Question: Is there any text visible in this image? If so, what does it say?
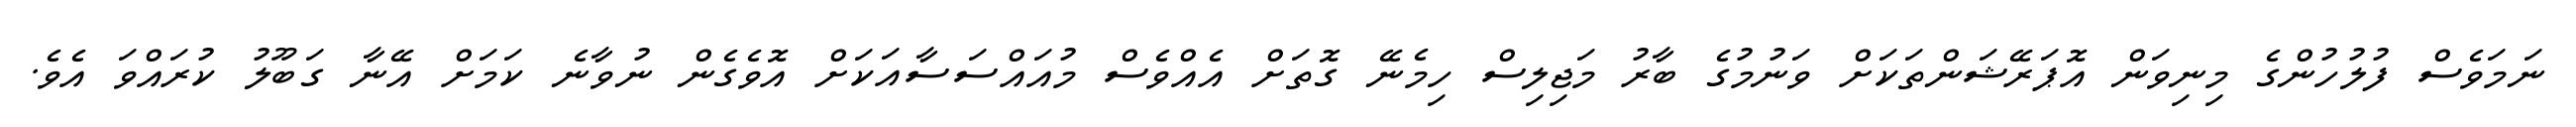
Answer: ނަމަވެސް ފުލުހުންގެ މިނިވަން އޮޕަރޭޝަންތަކަށް ވަނުމުގެ ބާރު މަޖިލިސް ހިމެނޭ ގޮތަށް އެއްވެސް މުއައްސަސާއަކަށް އޮވެގެން ނުވާނެ ކަމަށް އޭނާ ގަބޫލު ކުރައްވަ އެވެ.